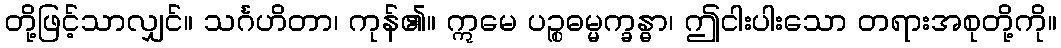
တို့ဖြင့်သာလျှင်။ သင်္ဂဟိတာ၊ ကုန်၏။ ဣမေ ပဉ္စဓမ္မက္ခန္ဓာ၊ ဤငါးပါးသော တရားအစုတို့ကို။